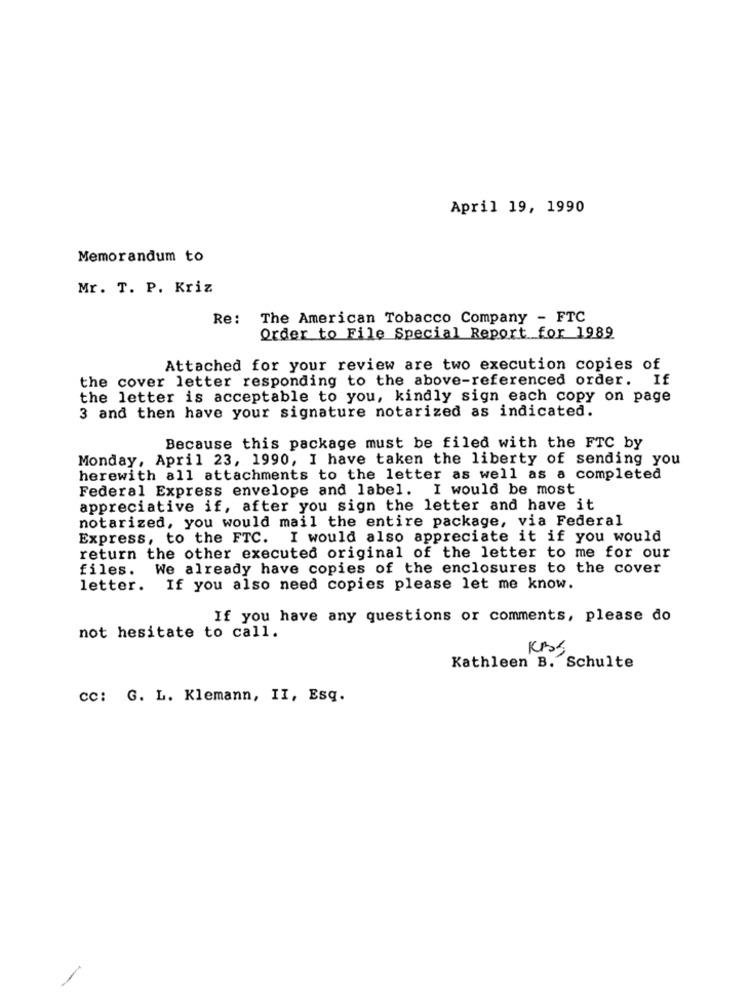
April 19, 1990
Memorandum to
Mr. T. P. Kriz
Re: The American Tobacco Company - FTC
Order to File Special Report for 1989
Attached for your review are two execution copies of
the cover letter responding to the above-referenced order. If
the letter is acceptable to you, kindly sign each copy on page
3 and then have your signature notarized as indicated.
Because this package must be filed with the FTC by
Monday, April 23, 1990, I have taken the liberty of sending you
herewith all attachments to the letter as well as a completed
Federal Express envelope and label. I would be most
appreciative if, after you sign the letter and have it
notarized, you would mail the entire package, via Federal
Express, to the FTC. I would also appreciate it if you would
return the other executed original of the letter to me for our
files.
We already have copies of the enclosures to the cover
letter. If you also need copies please let me know.
If you have any questions or comments, please do
not hesitate to call.
Kathleen B. Schulte
CC: G. L. Klemann, II, Esq.